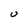
Character: U